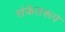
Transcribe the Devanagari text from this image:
संकेतरूप